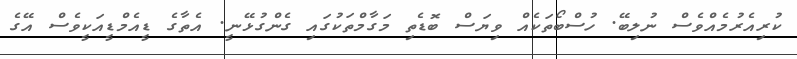
ކުރިއެރުމެއްވެސް ނުލިބޭ. ހުސްބޯތަކެއް ވިޔަސް ބޮޑެތި މަގާމްތަކުގައި ގެންގުޅޭނީ. އެތާގެ ޑީއެމްޑީއަކީވެސް އޭގެ